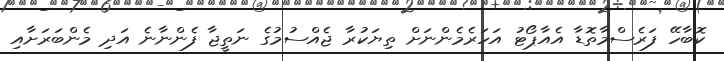
ކޮބާހޭ ފަރެސްމާތޮޑާ އެއާޕޯޓު އަހަރެމެންނަށް ތިޔަކުރާ ޖެއްސުމުގެ ނަތީޖާ ފެންނާނެ އަދި މެންބަރަށާއި